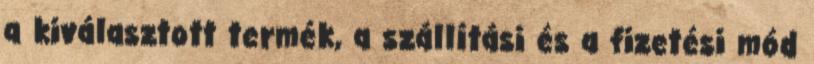
a kiválasztott termék, a szállítási és a fizetési mód